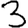
Digit: 3